Indian journal of veterinary science and animal husbandry - Volume 10,
Year: 1940
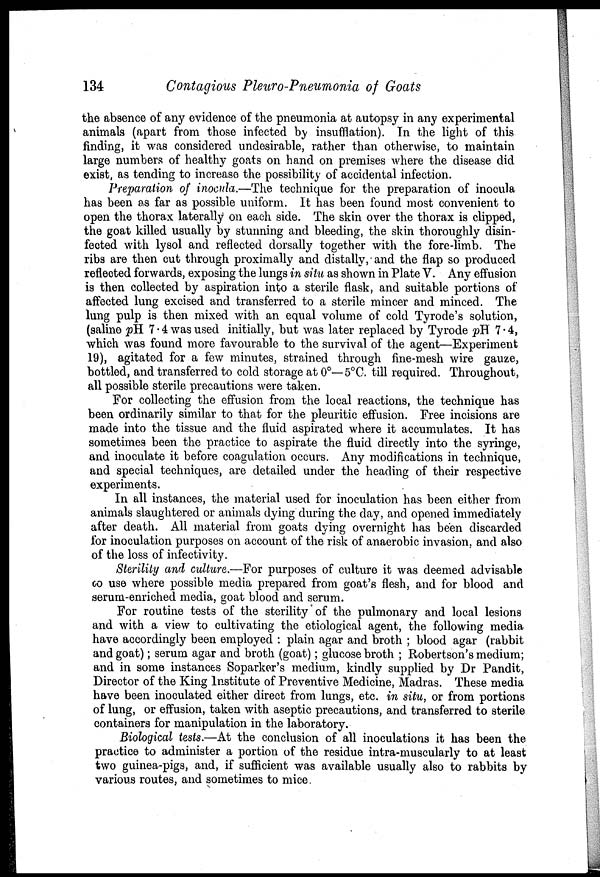
134
Contagious Pleuro-Pneumonia of Goats
the absence of any evidence of the pneumonia at autopsy in any experimental
animals (apart from those infected by insufflation). In the light of this
finding, it was considered undesirable, rather than otherwise, to maintain
large numbers of healthy goats on hand on premises where the disease did
exist, as tending to increase the possibility of accidental infection.
Preparation of inocula.—The technique for the preparation of inocula
has been as far as possible uniform. It has been found most convenient to
open the thorax laterally on each side. The skin over the thorax is clipped,
the goat killed usually by stunning and bleeding, the skin thoroughly disin-
fected with lysol and reflected dorsally together with the fore-limb. The
ribs are then cut through proximally and distally, and the flap so produced
reflected forwards, exposing the lungs in situ as shown in Plate V. Any effusion
is then collected by aspiration into a sterile flask, and suitable portions of
affected lung excised and transferred to a sterile mincer and minced. The
lung pulp is then mixed with an equal volume of cold Tyrode's solution,
(saline pH 7.4 was used initially, but was later replaced by Tyrode pH 7.4,
which was found more favourable to the survival of the agent—Experiment
19), agitated for a few minutes, strained through fine-mesh wire gauze,
bottled, and transferred to cold storage at 0°— 5°C. till required. Throughout,
all possible sterile precautions were taken.
For collecting the effusion from the local reactions, the technique has
been ordinarily similar to that for the pleuritic effusion. Free incisions are
made into the tissue and the fluid aspirated where it accumulates. It has
sometimes been the practice to aspirate the fluid directly into the syringe,
and inoculate it before coagulation occurs. Any modifications in technique,
and special techniques, are detailed under the heading of their respective
experiments.
In all instances, the material used for inoculation has been either from
animals slaughtered or animals dying during the day, and opened immediately
after death. All material from goats dying overnight has been discarded
for inoculation purposes on account of the risk of anaerobic invasion, and also
of the loss of infectivity.
Sterility and culture.—For purposes of culture it was deemed advisable
to use where possible m dia prepared from goat's flesh, and for blood and
serum-enriched media, goat blood and serum.
For routine tests of the sterility of the pulmonary and local lesions
and with a view to cultivating the etiological agent, the following media
have accordingly been employed : plain agar and broth ; blood agar (rabbit
and goat); serum agar and broth (goat); glucose broth ; Robertson's medium;
and in some instances Soparker's medium, kindly supplied by Dr Pandit,
Director of the King Institute of Preventive Medicine, Madras. These media
have been inoculated either direct from lungs, etc. in situ, or from portions
of lung, or effusion, taken with aseptic precautions, and transferred to sterile
containers for manipulation in the laboratory.
Biological tests.—At the conclusion of all inoculations it has been the
practice to administer a portion of the residue intra-muscularly to at least
two guinea-pigs, and, if sufficient was available usually also to rabbits by
various routes, and sometimes to mice.